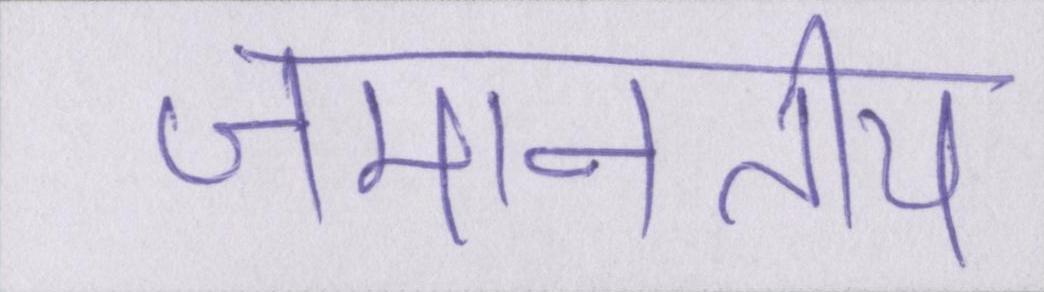
जमानतीय